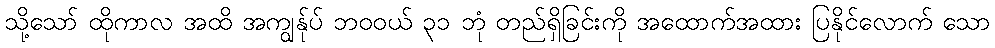
သို့သော် ထိုကာလ အထိ အကျွန်ုပ် ဘဝဝယ် ၃၁ ဘုံ တည်ရှိခြင်းကို အထောက်အထား ပြနိုင်လောက် သော